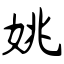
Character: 姚